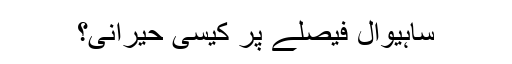
ساہیوال فیصلے پر کیسی حیرانی؟